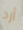
أرد